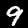
Digit: 9